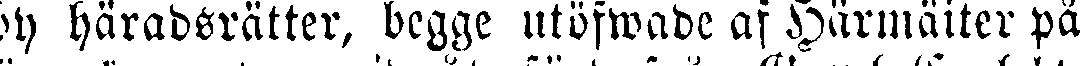
by häradsrätter, begge utöfwade af Härmäiter på